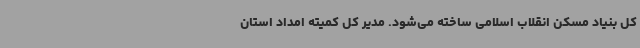
کل بنیاد مسکن انقلاب اسلامی ساخته می‌شود. مدیر کل کمیته امداد استان